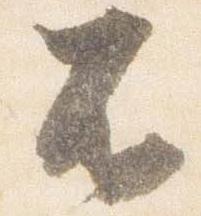
不